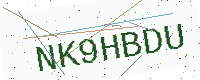
Text: NK9HBDU